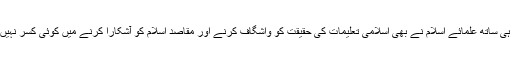
مگرساتھ ہی ساتھ علمائے اسلام نے بھی اسلامی تعلیمات کی حقیقت کو واشگاف کرنے اور مقاصد اسلام کو آشکارا کرنے میں کوئی کسر نہیں چھوڑی۔